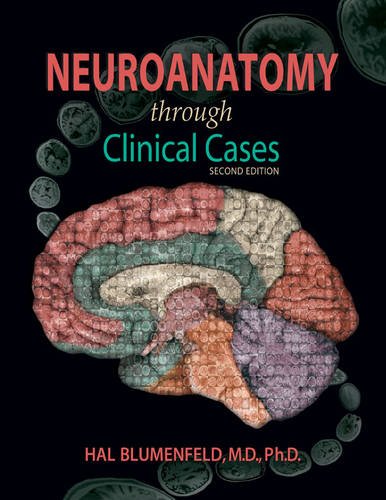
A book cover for Neuroanatomy Through Clinical Cases, Second Edition, Text with Interactive eBook (Blumenfeld, Neuroanatomy Through Clinical Cases); Hal Blumenfeld; Medical Books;